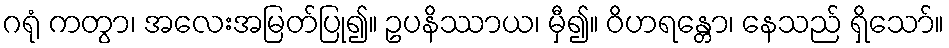
ဂရုံ ကတွာ၊ အလေးအမြတ်ပြု၍။ ဥပနိဿာယ၊ မှီ၍။ ဝိဟရန္တော၊ နေသည် ရှိသော်။